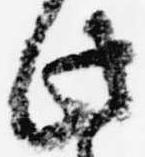
此